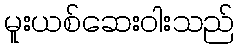
မူးယစ်ဆေးဝါးသည်